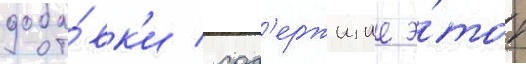
доба́вк'и / сод'ержищие э́тот